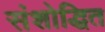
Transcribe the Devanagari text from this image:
संशोद्धित